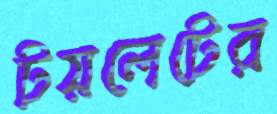
টয়লেটের